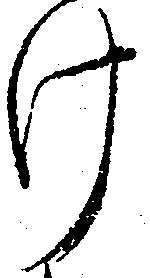
け